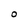
Character: O